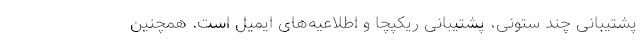
پشتیبانی چند ستونی، پشتیبانی ریکپچا و اطلاعیه‌های ایمیل است. همچنین